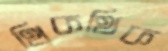
থিকথিক